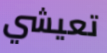
تعيشي